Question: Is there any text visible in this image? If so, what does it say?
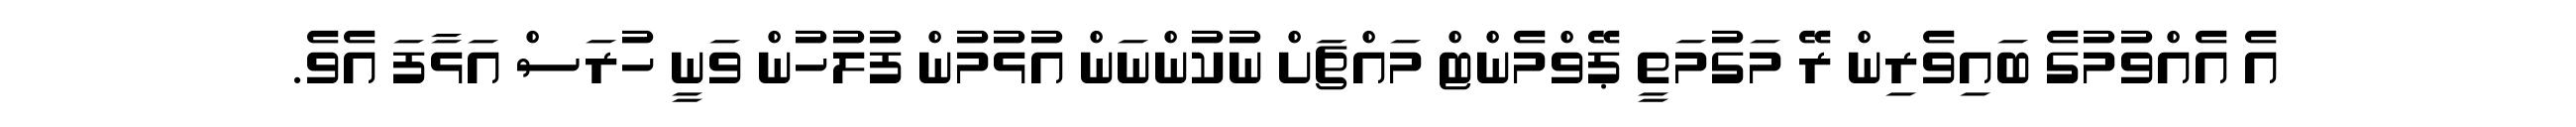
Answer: އެ އެއްވުމުގެ ބައިވެރިން ރޭ މަގުމަތީ ޕޭވްމެންޓް މައްޗަށް ނުކުންނަން އުޅުމުން ފުލުހުން ވަނީ ހުރަސް އަޅާފަ އެވެ.